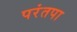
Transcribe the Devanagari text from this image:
परंतपा